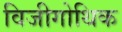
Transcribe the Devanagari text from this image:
विजीगोथिक